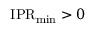
\mathrm { I P R } _ { \operatorname* { m i n } } > 0